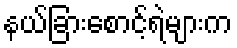
နယ်ခြားစောင့်ရဲများက